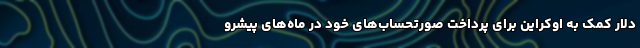
دلار کمک به اوکراین برای پرداخت صورتحساب‌های خود در ماه‌های پیشرو